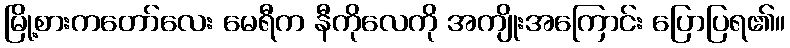
မြို့စားကတော်လေး မေရီက နီကိုလေကို အကျိုးအကြောင်း ပြောပြရ၏။